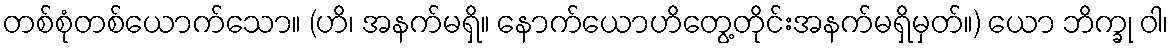
တစ်စုံတစ်ယောက်သော။ (ဟိ၊ အနက်မရှိ။ နောက်ယောဟိတွေ့တိုင်းအနက်မရှိမှတ်။) ယော ဘိက္ခု ဝါ၊